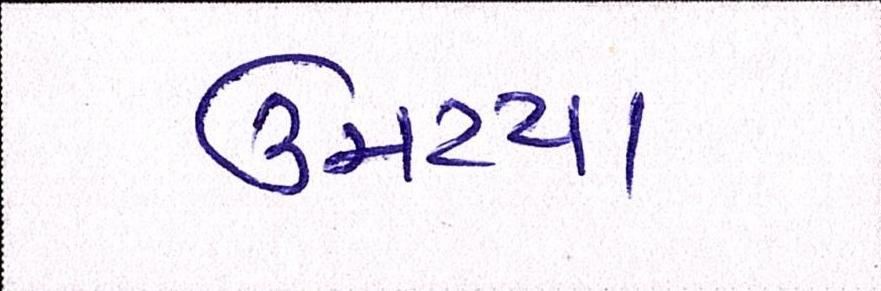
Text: ઉમટયા